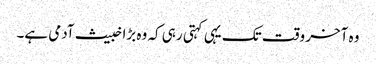
وہ آخر وقت تک یہی کہتی رہی کہ وہ بڑا خبیث آدمی ہے۔